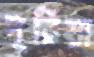
দূরিয়া